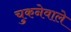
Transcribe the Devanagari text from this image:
चुकनेवाले